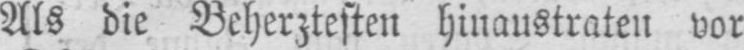
Als die Beherztesten hinaustraten vor